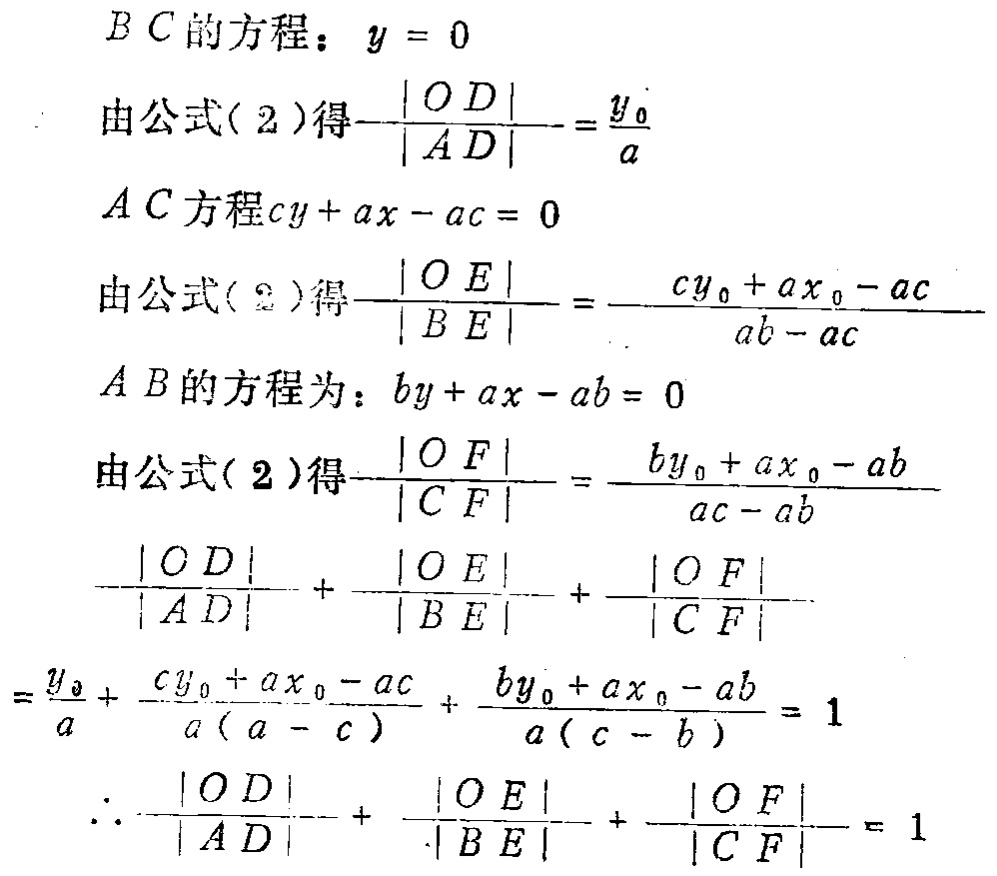
\[
\begin{align*}
&BC\text{ 的方程：}y = 0\\
&由公式(2)得\frac{|OD|}{|AD|}=\frac{y_0}{a}\\
&AC\text{ 方程}cy + ax - ac = 0\\
&由公式(2)得\frac{|OE|}{|BE|}=\frac{cy_0 + ax_0 - ac}{ab - ac}\\
&AB\text{ 的方程为：}by + ax - ab = 0\\
&由公式(2)得\frac{|OF|}{|CF|}=\frac{by_0 + ax_0 - ab}{ac - ab}\\
&\frac{|OD|}{|AD|}+\frac{|OE|}{|BE|}+\frac{|OF|}{|CF|}\\
=&\frac{y_0}{a}+\frac{cy_0 + ax_0 - ac}{a(a - c)}+\frac{by_0 + ax_0 - ab}{a(c - b)} = 1\\
&\therefore\frac{|OD|}{|AD|}+\frac{|OE|}{|BE|}+\frac{|OF|}{|CF|}= 1
\end{align*}
\]